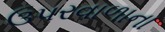
ઉપરવાળાના